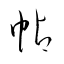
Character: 帖